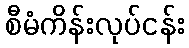
စီမံကိန်းလုပ်ငန်း